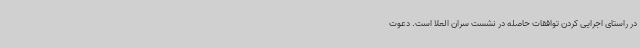
در راستای اجرایی کردن توافقات حاصله در نشست سران العلا است. دعوت